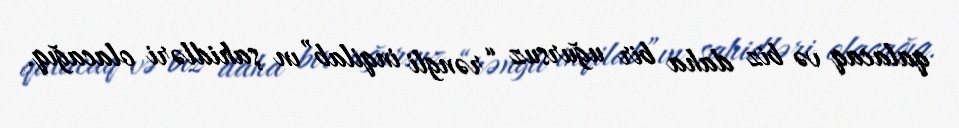
qalacaq və biz daha bir uğursuz “rəngli inqilab”ın şahidləri olacağıq.